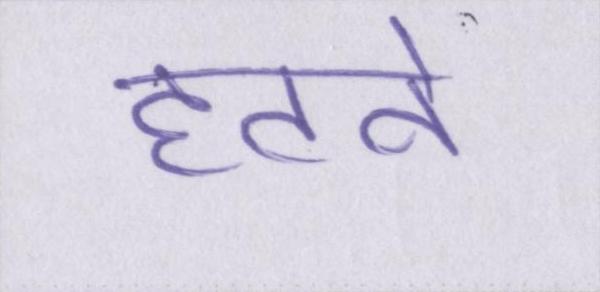
हटने